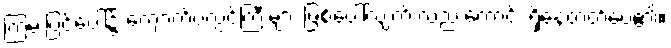
ကြမ်းပြင်ပေါ်၌ ကျောက်ပလ္လင်ကြီးများ ဖြစ်ပေါ်လျက် လည်းကောင်း ရှိနေတတ်ပေ၏။